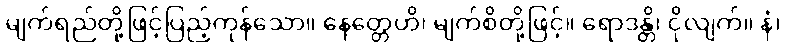
မျက်ရည်တို့ဖြင့်ပြည့်ကုန်သော။ နေတ္တေဟိ၊ မျက်စိတို့ဖြင့်။ ရောဒန္တိ၊ ငိုလျက်။ နံ၊